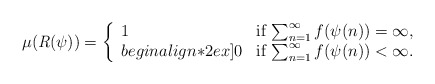
\begin{align*} \mu(\textit{R}(\psi)) = \left\{ \begin{array}{ll}1 & \mbox{if $\sum_{n=1}^{\infty}f(\psi(n))=\infty$},\\begin{align*}2ex]0 & \mbox{if $\sum_{n=1}^{\infty}f(\psi(n))<\infty$}.\end{array} \right.\end{align*}